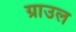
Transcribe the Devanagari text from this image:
ग्राउल